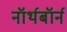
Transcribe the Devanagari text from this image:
नॉर्थबॉर्न